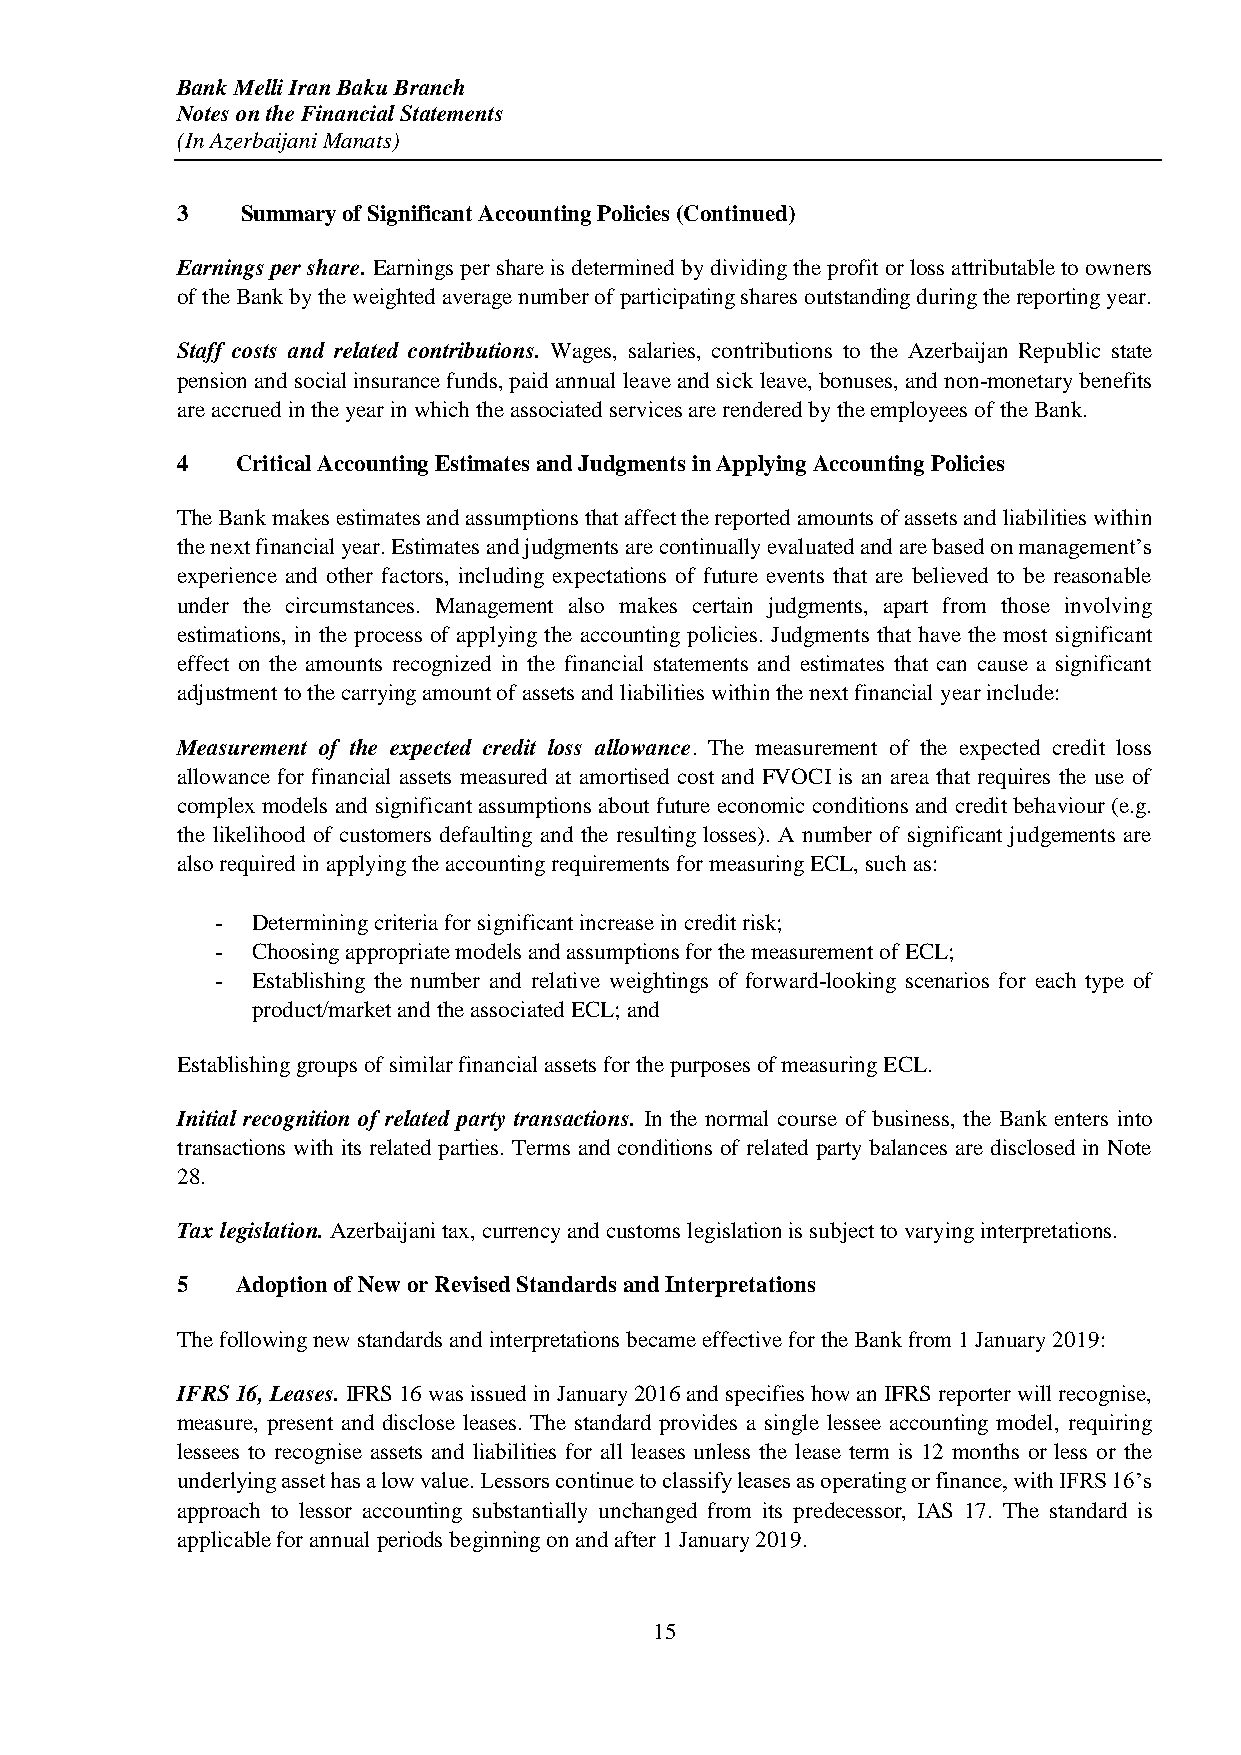
Bank Melli Iran Baku Branch
 Notes on the Financial Statements
 (In Azerbaijani Manats)
 3   Summary of Significant Accounting Policies (Continued)
 Earnings per share. Earnings per share is determined by dividing the profit or loss attributable to owners
 of the Bank by the weighted average number of participating shares outstanding during the reporting year.
 Staff costs and related contributions. Wages, salaries, contributions to the Azerbaijan Republic state
 pension and social insurance funds, paid annual leave and sick leave, bonuses, and non-monetary benefits
 are accrued in the year in which the associated services are rendered by the employees of the Bank.
 4   Critical Accounting Estimates and Judgments in Applying Accounting Policies
 The Bank makes estimates and assumptions that affect the reported amounts of assets and liabilities within
 the next financial year. Estimates and judgments are continually evaluated and are based on management’s
 experience and other factors, including expectations of future events that are believed to be reasonable
 under the circumstances. Management also makes certain judgments, apart from those involving
 estimations, in the process of applying the accounting policies. Judgments that have the most significant
 effect on the amounts recognized in the financial statements and estimates that can cause a significant
 adjustment to the carrying amount of assets and liabilities within the next financial year include:
 Measurement of the expected credit loss allowance. The measurement of the expected credit loss
 allowance for financial assets measured at amortised cost and FVOCI is an area that requires the use of
 complex models and significant assumptions about future economic conditions and credit behaviour (e.g.
 the likelihood of customers defaulting and the resulting losses). A number of significant judgements are
 also required in applying the accounting requirements for measuring ECL, such as:
 -  Determining criteria for significant increase in credit risk;
 -  Choosing appropriate models and assumptions for the measurement of ECL;
 -  Establishing the number and relative weightings of forward-looking scenarios for each type of
 product/market and the associated ECL; and
 Establishing groups of similar financial assets for the purposes of measuring ECL.
 Initial recognition of related party transactions. In the normal course of business, the Bank enters into
 transactions with its related parties. Terms and conditions of related party balances are disclosed in Note
 28.
 Tax legislation. Azerbaijani tax, currency and customs legislation is subject to varying interpretations.
 5   Adoption of New or Revised Standards and Interpretations
 The following new standards and interpretations became effective for the Bank from 1 January 2019:
 IFRS 16, Leases. IFRS 16 was issued in January 2016 and specifies how an IFRS reporter will recognise,
 measure, present and disclose leases. The standard provides a single lessee accounting model, requiring
 lessees to recognise assets and liabilities for all leases unless the lease term is 12 months or less or the
 underlying asset has a low value. Lessors continue to classify leases as operating or finance, with IFRS 16’s
 approach to lessor accounting substantially unchanged from its predecessor, IAS 17. The standard is
 applicable for annual periods beginning on and after 1 January 2019.
 15